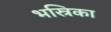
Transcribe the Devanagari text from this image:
भस्रिका